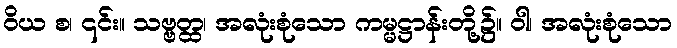
ဝိယ စ၊ ၎င်း။ သဗ္ဗတ္ထ၊ အလုံးစုံသော ကမ္မဋ္ဌာန်းတို့၌။ ဝါ၊ အလုံးစုံသော